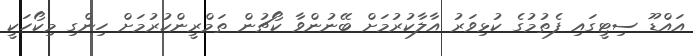
އައްޑޫ ސިޓީގައި ފެތުމުގެ ކުޅިވަރު އާލާކުރުމަށް ބޭނުންވާ ކޯޗުން ތަމްރީންކުރުމަށް ހިންގި މިކޯހަކީ